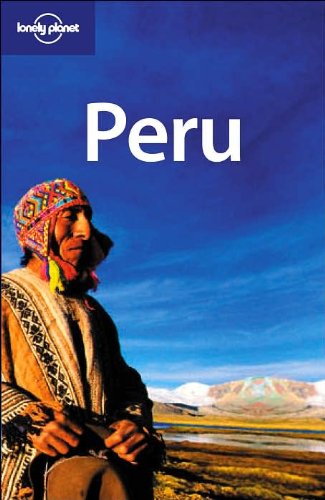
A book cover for Lonely Planet Peru (Country Guide); Sara Benson; Travel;